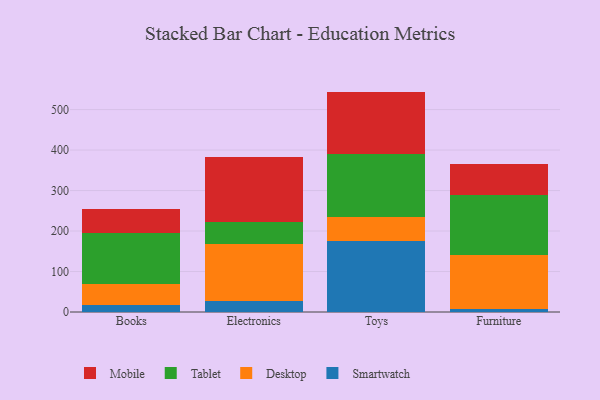
{"axis": {"x": "Category", "y": "Humidity (%)"}, "legend": ["Desktop", "Mobile", "Smartwatch", "Tablet"], "data": [{"x": "Books", "y": 18.1, "type": "Smartwatch"}, {"x": "Books", "y": 51.3, "type": "Desktop"}, {"x": "Books", "y": 124.8, "type": "Tablet"}, {"x": "Books", "y": 60.2, "type": "Mobile"}, {"x": "Electronics", "y": 26.0, "type": "Smartwatch"}, {"x": "Electronics", "y": 141.6, "type": "Desktop"}, {"x": "Electronics", "y": 55.7, "type": "Tablet"}, {"x": "Electronics", "y": 159.9, "type": "Mobile"}, {"x": "Toys", "y": 176.4, "type": "Smartwatch"}, {"x": "Toys", "y": 57.3, "type": "Desktop"}, {"x": "Toys", "y": 156.9, "type": "Tablet"}, {"x": "Toys", "y": 153.8, "type": "Mobile"}, {"x": "Furniture", "y": 6.3, "type": "Smartwatch"}, {"x": "Furniture", "y": 133.4, "type": "Desktop"}, {"x": "Furniture", "y": 150.2, "type": "Tablet"}, {"x": "Furniture", "y": 75.4, "type": "Mobile"}]}